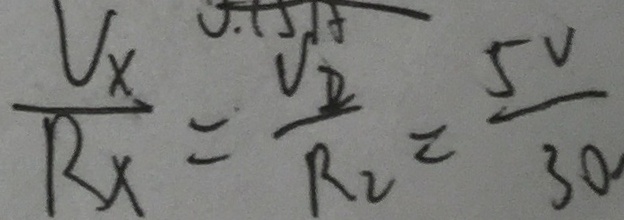
\frac { V _ { x } } { R _ { x } } = \frac { V _ { 2 } } { R _ { 2 } } = \frac { 5 V } { 3 0 }